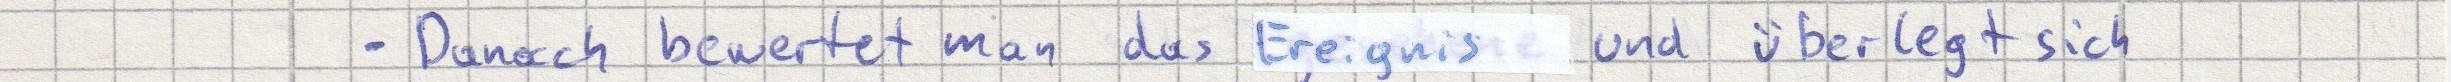
- Danach bewertet man das Ereignis und überlegt sich